Papers set at the Examination for Leaving Certificates, 1890
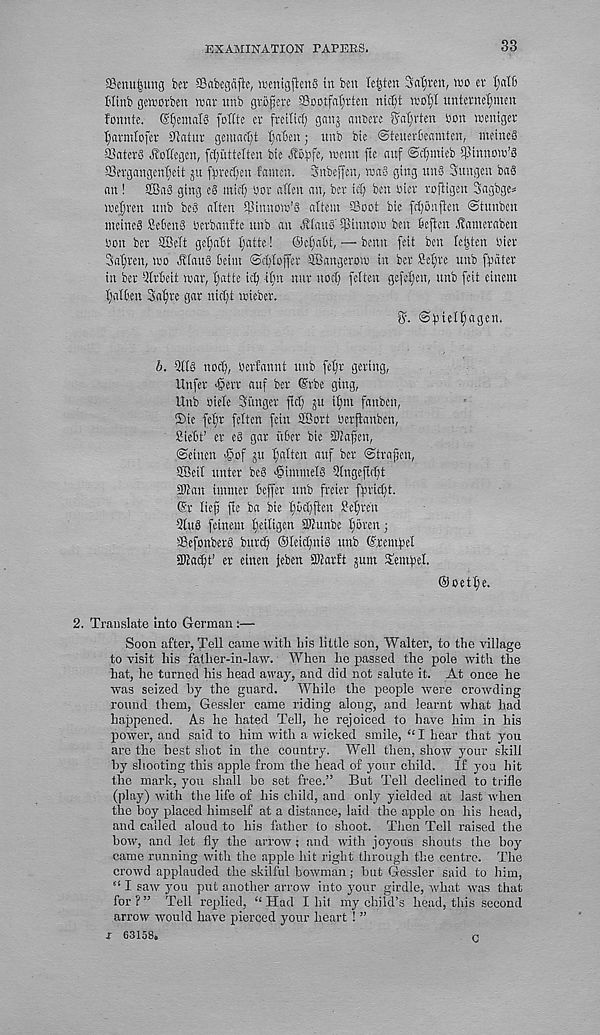
EXAMINATION TAPEBS.
33
©emtjjung ber SSabegajic, menigflenS in ben leijtcn Satjrat, wo ev
Hinb geworben wav vmb gvojjcve SSootfat)vten niR wot;! unternetimen
fonnte. @t)emate foflte ev fveiticl; gang anseve S'afrten bon wentgev
t;avmtofcv shatuv geuwrtjt t)a6enj unb bte ©teuevbeamten, meineS
33atev6 ^ottegcn, fd;uttelten bie ^obfe, wcnn fte auf @d)mieb Cpinnow’S
SSevgangen^eit ju f^vedteu famcn. Snbeffen, wa§ ging un§ Sungen bag
an ! Sffiag ging c§ mid) uov afien an, bev id) ben biev vofHgen Sagbgcs
wejiven nnb beg alien Minnow’S atiem Soot bic fdjonfien ©tunben
meineg Sebcng bevbanfte unb an ovlaug' Sinnow ben kjtcn .j?amevaben
bon bev SBelt ge|aBt t)atte! ©epabt, — benn feit ben tejjten btev
Sa^vcn, wo ^laug beim ©cbloffcv ffiangevow in bev M)ve unb (bdtet
in bev aivbeit wav, Ijatte ic^ it)n nuv nod) fclten gefe^en, unb feit einem
I)alben Sa^ve gav nid)t wiebev.
5. @)3iel^agen.
b. atlg nod;, bevfannt unb fetjv geving,
Unfev >§evv auf bev ©vbe ging,
Unb biele Sungcv fid; ju ifmt fanben,
©te fefiv felten fein 28ovt bevffanben,
Siebt’ ev eg gav iibev bie SDJafen,
©eiuen >§of gu fatten auf bev ©tvafen,
ffieil uutev beg >§immelg Qlngcfiebt
Pan iutmev beffev unb fvciev fbvid)t.
©v tiefj fie ba bie t)ud)fien Ue^ven
•2(ug feineut Ifeiligen Pipbe fjoven;
Sefonbevg buvd) ©teic^nig unb ©vemfiet
2Kad)t' ev einen feben pavft gum Semfjel.
©oetbje.
2. Translate into German :—
Soon after, Tell came with his little son, Walter, to the village
to visit his father-in-law. When he passed the pole with the
hat, he turned his head away, and did not salute it. At once he
was seized by the guard. While the people were crowding
round them, Gessler came riding along, and learnt what had
happened. As he hated Tell, he rejoiced to have him in his
power, and said to him with a wicked smile, “ I hear that you
are the best shot in the country. Well then, show your skill
by shooting this apple from the head of your child. If you hit
the mark, you shall be set free.” But Tell declined to trifle
(play) with the life of his child, and only yielded at last when
the boy placed himself at a distance, laid the apple on his head,
and called aloud to his father to shoot. Then Tell raised the
bow, and let fly the arrow ; and with joyous shouts the boy
came running with the apple hit right through the centre. The
crowd applauded the skilful bowman; hut Gessler said to him,
“ I saw you put another arrow into your girdle, what was that
for?” Tell replied, “Had I hit my child’s head, this second
arrow would have pierced your heart ! ”
I 63158*
n